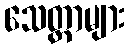
သေတ္တာများ